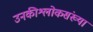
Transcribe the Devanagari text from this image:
उनकीश्लोकसंख्या